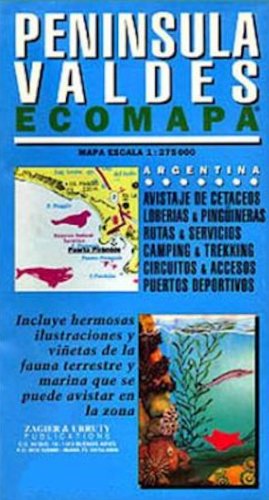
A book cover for Peninsula Valdes - Ecomapa (Spanish/English Edition) (Spanish Edition); Sergio Zagier; Travel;